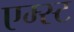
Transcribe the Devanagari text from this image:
एम्स्ट